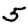
Digit: 5